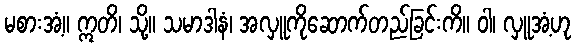
မစားအံ့။ ဣတိ၊ သို့။ သမာဒါနံ၊ အလှူကိုဆောက်တည်ခြင်းကိ။ ဝါ၊ လှူအံ့ဟု